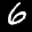
Label: 6